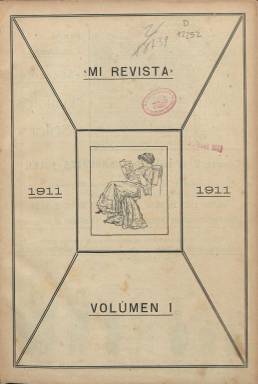
Título: Mi revista (Barcelona. 1911)
Colección: Revistas de información general
Ámbito geográfico: Barcelona
Lugar de publicación: Barcelona
Fechas: 01/04/1911-15/01/1921

Aparece su primer número en abril de 1911, siendo su director José Gallach Torrás (1872-1928), que desde finales del siglo diecinueve era propietario de la Casa Editorial Sucesores de Manuel Soler. Como pionero empresario de un sector cuya industria se estaba modernizando, Gallach se sumará así a la publicación de una revista ilustrada de divulgación popular de contenidos “enciclopédicos”, que tenía como modelos otras publicaciones francesas y alemanas similares, destinándola al fomento de la lectura en el núcleo familiar y usándola para la difusión publicística de sus ediciones librarías. Este carácter enciclopédico e ilustrado de los contenidos de la revista quedará reflejado en las indicaciones de su cabecera, como “periódico de literatura, pasatiempos, arte, modas y labores, industria, comercio, agricultura, etc., destinado a las familias”, a la vez que se publicitará como la casa editora barcelonesa de la “famosa colección enciclopédica” Manuales Soler.

Las entregas de la revista comenzarán siendo mensuales, de 16 páginas cada una, a las que unirá las cuatro que formaban una cubierta, que será estampada a varias tintas de color. Sus números se componen a dos o tres columnas y estarán profusamente ilustrados, tanto con dibujos como con fotograbados, siendo su foliación continuada cada año, y elaborando un índice general de materias contenidas en cada tomo anual.

Estos contenidos, que al principio serán generalmente breves textos, se estructuran en secciones, siendo una de estas la titulada Nuestros niños, que es una historieta gráfica (o cuento gráfico), que ocupará una plana completa. Otras son Educación física (con ejercicios de gimnasia), Deportes (Sport), Fotografía, Gastronomía (Recetas culinarias útiles y prácticas para todos), Onomatología, Labores y modas (firmada por Luisa), Higiene y salud, Medicina práctica (Consejos del doctor), Juegos de manos, Conocimientos útiles, Hombres y mujeres célebres (breves semblanzas), Ciencia recreativa, Experimentos científicos, Efemérides, Curiosidades, Entretenimientos, Máximas y pensamientos, Página agrícola, Páginas histórica o Pagina literaria, entre otras. También ofrece consejos sobre decoración del hogar, notas bibliográficas o partituras musicales.

Las páginas de la cubierta serán utilizadas para describir la propia labor de la Casa Editorial Sucesores de Manuel Soler, especialmente de su colección Manuales Soler, “una obra universal de educación” o biblioteca útil y económica de conocimientos enciclopédicos. También distribuirá Mi revista de labores, una especie de suplemento de ocho páginas con láminas, dibujos o patrones, que elabora Carmen Serra de Montaner, y otro Suplemento ilustrado para niños, impreso a dos tintas, con historietas gráficas. Así mismo, con el título Biblioteca Mi Revista, editará una colección de novelas. La Casa Editorial José Gallach, nombre que después adoptará, estaba establecida en la calle Consejo del Ciento, de Barcelona, y contaba con una sucursal en Buenos Aires.

Las entregas aumentarán su número de páginas hasta las 28, y será usado para su estampa el papel cuché. A partir de 1917 adopta el subtítulo “enciclopedia del hogar y de las escuelas”. Variarán algunas de sus secciones y aumentarán sus contenidos, con más asuntos de arte y de economía doméstica, ejercicios intelectuales, relatos breves y poesías en su página dedicada a la literatura, lecciones gráficas para niños, conversaciones “femeniles”, física recreativa, geografía o crónicas. Publicará también suplementos musicales, grandes láminas de labores en negro y en color o un “utilísimo” Diccionario de las familias.

En 1918, la barcelonesa Casa Editorial José Gallach se fusionará con la editorial Calpe (Compañía Anónima de Librería, Publicaciones y Ediciones), fundada por Nicolás María Urgoiti, quien elegirá como su director editorial a José Ortega y Gasset. El 15 de enero de 1920 (número 106), Mi revista pasa a ser editada en Madrid por Calpe, iniciando así su segunda época, manteniendo la secuencia numérica de sus entregas y siendo quincenal a partir de entonces, apareciendo los días 15 y 30 de cada mes. Su subtítulo será ahora “enciclopedia popular ilustrada”.

Según indica en dicho número, sus tres imperativos serán “instrucción, amenidad y utilidad, sobre la base de la moral más rígida, como corresponde a un periódico dedicado al hogar cristiano”. Con crónicas de actualidad alternarán otros trabajos literarios, dedicados especialmente “al cultivo de la leyenda histórica y de la tradición españolas, al estudio de nuestras bellas costumbres populares, a la descripción de las inagotables bellezas naturales de nuestra patria y de su portentoso acervo artístico y monumental”. Y a ello sumará la sección de Crónicas científicas divulgadoras de conocimientos, la de labores o las recreativas y útiles. Así mismo, como suplemento coleccionable en pequeño formato, ofrece una Galería dramática infantil, con obras cortas e ilustradas por Echea. Sus espacios publicitarios los seguirá usando para difundir también las obras de la editorial.

Calpe contará con un equipo de redacción formado por Augusto Barrado (secretario), Joaquín María Barnola (ciencias naturales), José Comas Solá (astronomía), Federico Climent Terrer (economía doméstica), Salomé Núñez Topete (modas), A.O. Viñas (higiene popular), o Aurora y Tomás Gutiérrez Larraya (para sus textos de labores y decoración), y como dibujante, con Arturo Jaque. Así mismo, dispondrá de medio centenar de colaboradores, entre literarios y artísticos, entre los que se encontraban Luis Bello Trompeta y Manuel García Morente (literatura); Juan Dantín Cereceda (geografía y viajes); José Goyanes, Gustavo R. Lafora, Lorenzo Luzuriaga, Juan Madinaveitia y Gustavo Pittaluga (medicina); Luis de Hoyos Sainz (agricultura y zoología), Lorenzo Lusuriaga (pedagogía) y Esteban Terradas (ingeniería y ciencia). También, con Andrés González-Blanco, Alfredo Opisso, Francisco Rodríguez Marín, Antonio Velasco Zazo o Antonio Zozaya, y los dibujantes Verdugo Landi, Marín o K. Hito.

La colección de este título en la Biblioteca Nacional de España no está completa. La última entrega es la número 130, correspondiente al 15 de enero de 1921. Referencias bibliográficas para este título y sobre la labor editorial de Gallach Torrás son, principalmente, los trabajos de Sánchez Vigil (2005 y 2008) y el publicado por éste junto a Olivera Zaldua (2014).